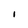
Character: I